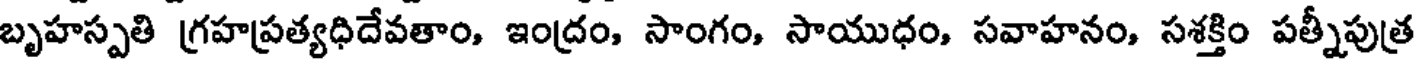
బృహస్పతి గ్రహప్రత్యధిదేవతాం, ఇంద్రం, సాంగం, సాయుధం, సవాహనం, సశక్తిం పత్నీపుత్ర